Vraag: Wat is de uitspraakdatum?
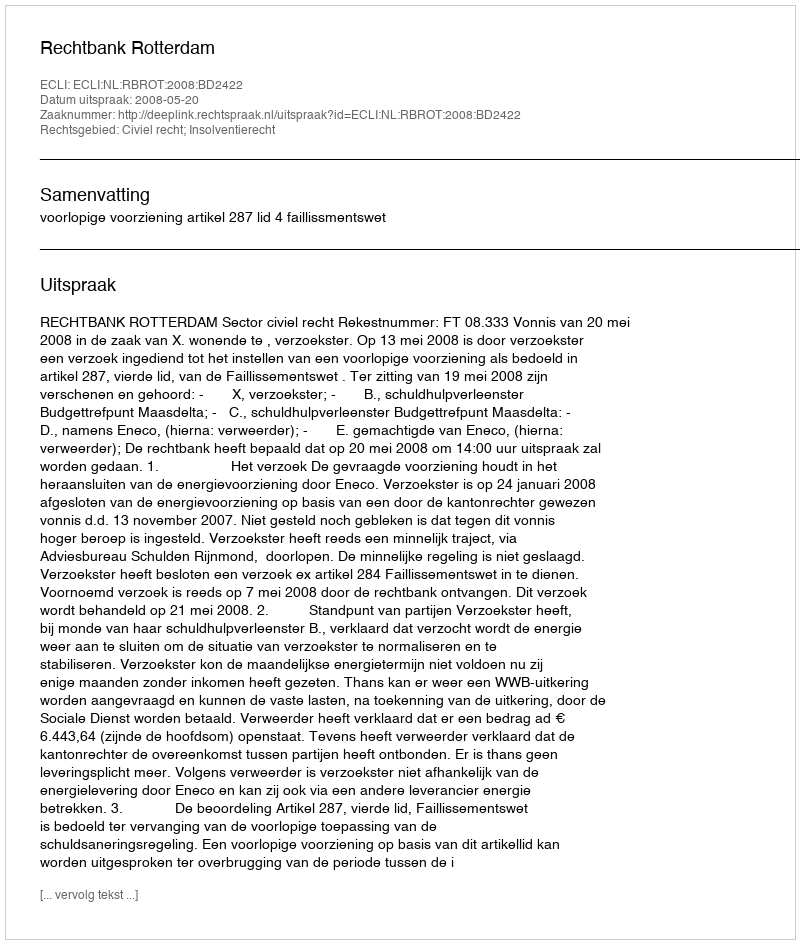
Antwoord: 2008-05-20